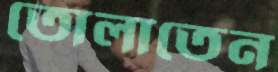
তোলাতেন